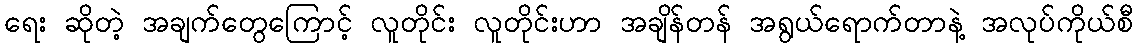
ရေး ဆိုတဲ့ အချက်တွေကြောင့် လူတိုင်း လူတိုင်းဟာ အချိန်တန် အရွယ်ရောက်တာနဲ့ အလုပ်ကိုယ်စီ